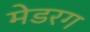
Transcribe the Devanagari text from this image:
मेडरग